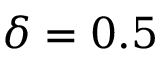
\delta = 0 . 5